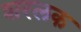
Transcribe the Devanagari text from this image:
शरलक